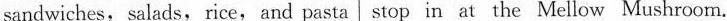
sandwiches, salads, rice, and pasta stop in at the Mellow Mushroom.